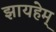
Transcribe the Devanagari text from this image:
झायहेम्